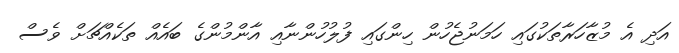
އަދި އެ މުޒާހަރާތަކުގައި ހަމަނުޖެހުން ހިންގައި ފުލުހުންނާއި އާންމުންގެ ބައެއް ތަކެއްޗަށް ވެސް